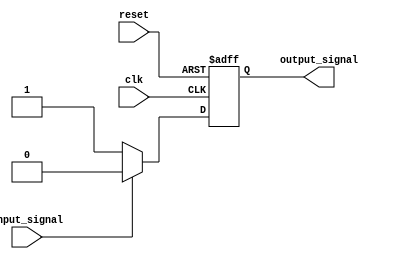
module open_drain_inverter(
    input wire clk,
    input wire reset,
    input wire input_signal,
    output reg output_signal
);

reg output_reg;

always @ (posedge clk or posedge reset) begin
    if (reset) begin
        output_reg <= 1'b0;
    end else begin
        if (input_signal) begin
            output_reg <= 1'b0;
        end else begin
            output_reg <= 1'b1;
        end
    end
end

assign output_signal = output_reg;

endmodule